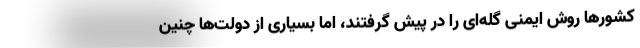
کشورها روش ایمنی گله‌ای را در پیش گرفتند، اما بسیاری از دولت‌ها چنین